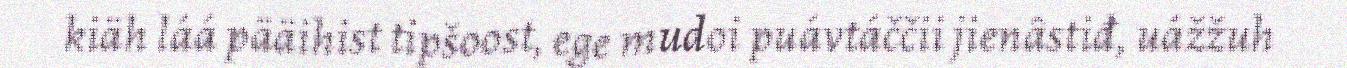
kiäh láá pääihist tipšoost, ege mudoi puávtáččii jienâstiđ, uážžuh